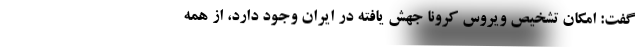
گفت: امکان تشخیص ویروس کرونا جهش یافته در ایران وجود دارد، از همه